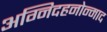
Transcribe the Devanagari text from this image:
अग्निदहनोन्माद